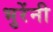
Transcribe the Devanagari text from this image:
भुरेंनी